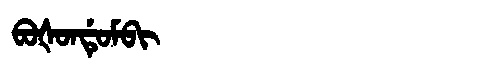
Manchu: ᠪᠣᡧᠣᠨᡩᡠᠮᠪᡳ
Romanization: BOŠONDUMBI